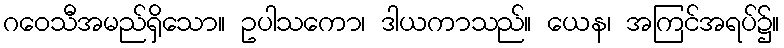
ဂဝေသီအမည်ရှိသော။ ဥပါသကော၊ ဒါယကာသည်။ ယေန၊ အကြင်အရပ်၌။